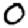
Digit: 0